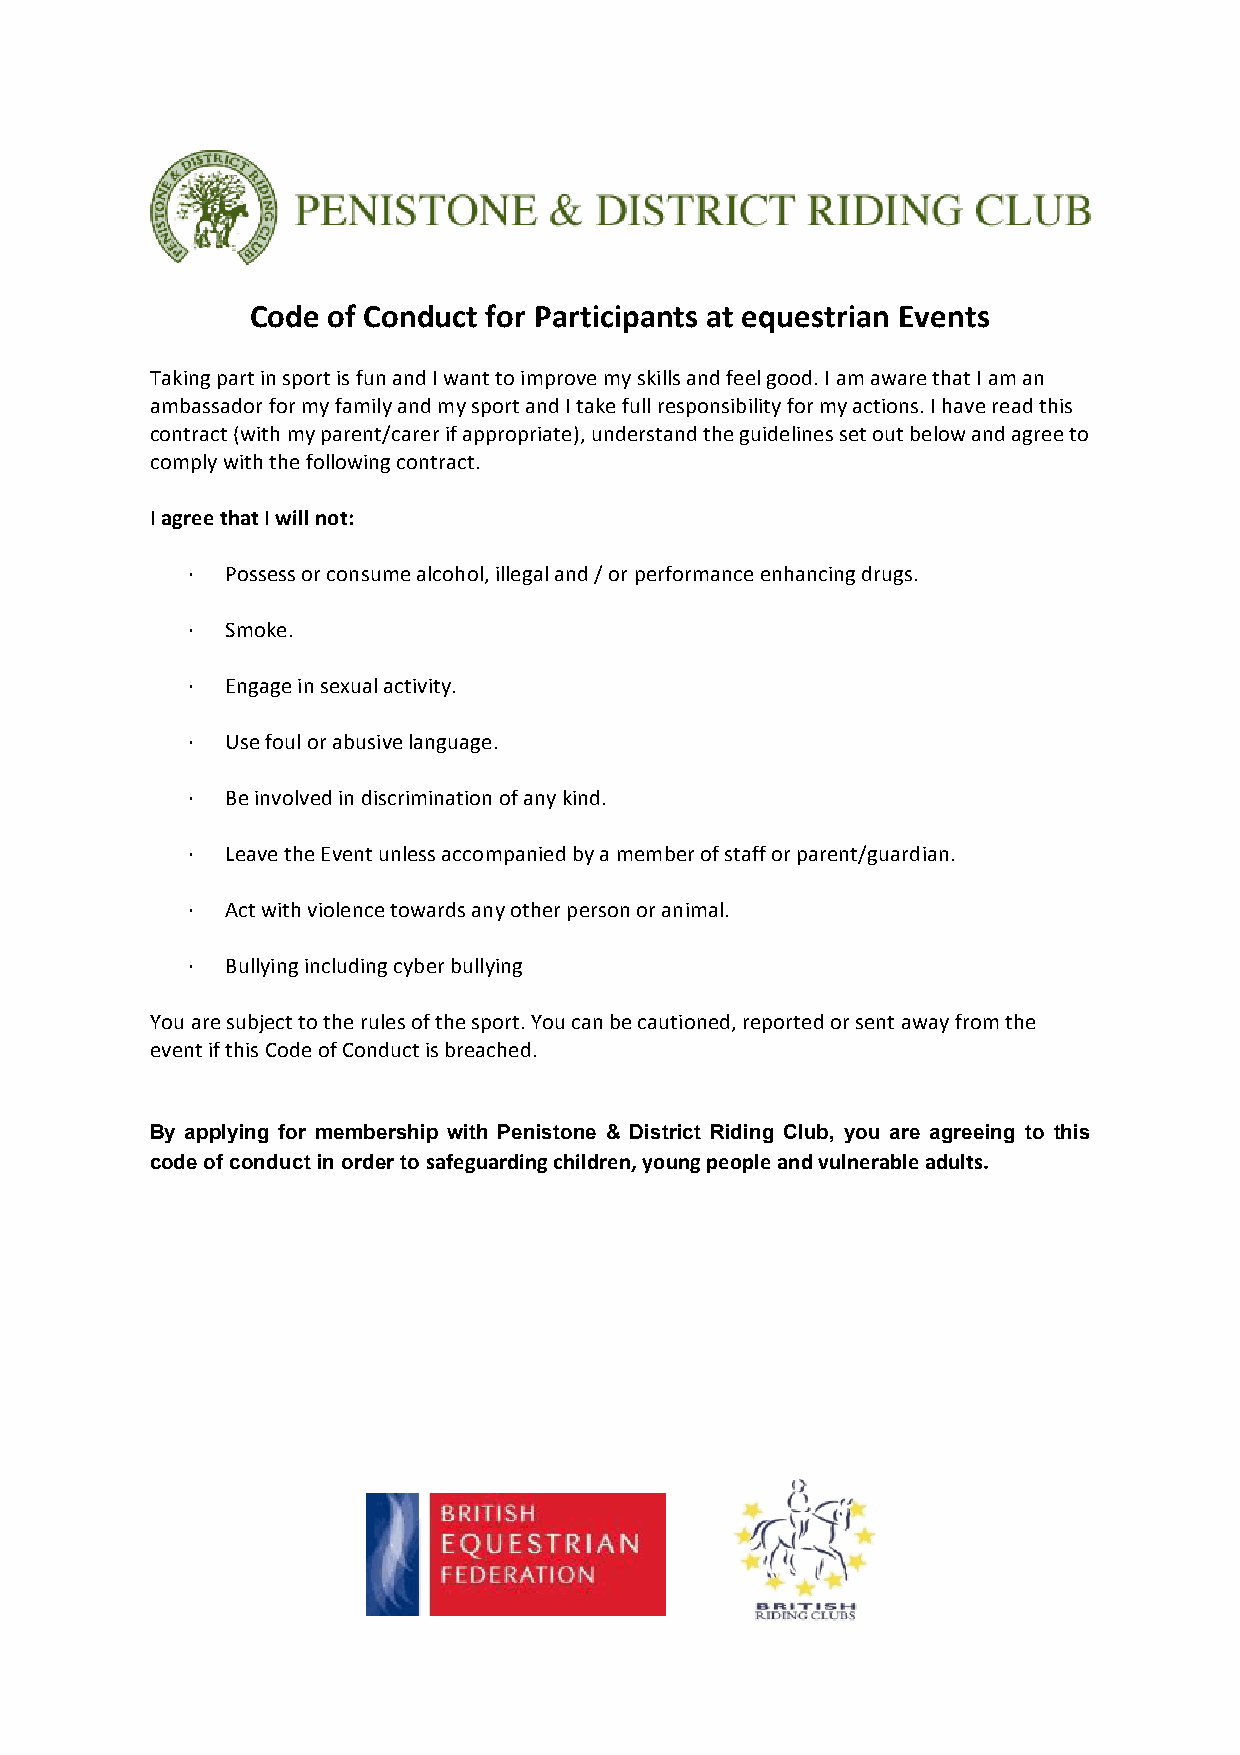
Code of Conduct for Participants at equestrian Events
 Taking part in sport is fun and I want to improve my skills and feel good. I am aware that I am an
 ambassador for my family and my sport and I take full responsibility for my actions. I have read this
 contract (with my parent/carer if appropriate), understand the guidelines set out below and agree to
 comply with the following contract.
 I agree that I will not:
 ·  Possess or consume alcohol, illegal and / or performance enhancing drugs.
 ·  Smoke.
 ·  Engage in sexual activity.
 ·  Use foul or abusive language.
 ·  Be involved in discrimination of any kind.
 ·  Leave the Event unless accompanied by a member of staff or parent/guardian.
 ·  Act with violence towards any other person or animal.
 ·  Bullying including cyber bullying
 You are subject to the rules of the sport. You can be cautioned, reported or sent away from the
 event if this Code of Conduct is breached.
 By applying for membership with Penistone & District Riding Club, you are agreeing to this
 code of conduct in order to safeguarding children, young people and vulnerable adults.